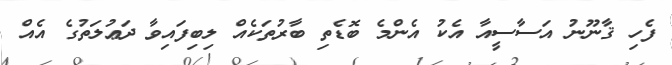
ފެހި ޤާނޫނު އަސާސީއާ އެކު އެންމެ ބޮޑެތި ބާރުތަކެއް ލިބިފައިވާ ދަޢުލަތުގެ އެއް